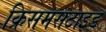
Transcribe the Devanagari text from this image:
क्रिसमसटाइड